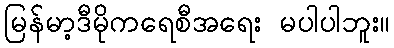
မြန်မာ့ဒီမိုကရေစီအရေး မပါပါဘူး။